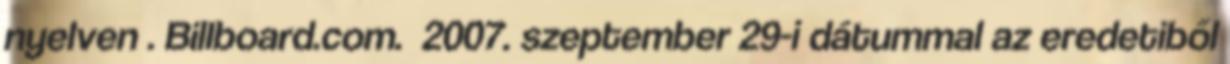
nyelven . Billboard.com. 2007. szeptember 29-i dátummal az eredetiből